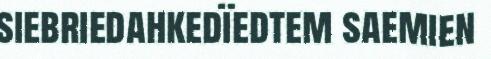
siebriedahkedïedtem saemien